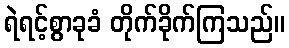
ရဲရင့်စွာခုခံ တိုက်ခိုက်ကြသည်။